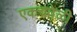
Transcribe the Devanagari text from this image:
एकचवेळी